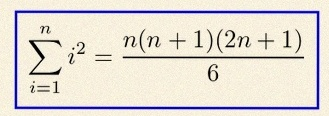
\sum_{i=1}^{n}i^2=\frac{n(n+1)(2n+1)}6